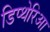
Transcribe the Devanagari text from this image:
डिप्थेरिआ